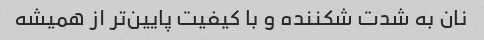
نان به شدت شکننده و با کیفیت پایین‌تر از همیشه